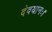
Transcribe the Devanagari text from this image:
देवयानः।